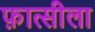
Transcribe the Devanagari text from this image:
फ़ात्सीला